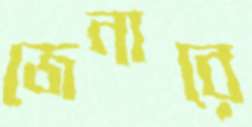
জেনারে